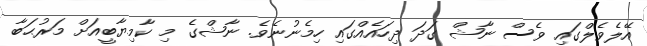
އޭލެވެލްގައި ވެސް ނާޝް ގަދަ ދިހައެއްގައި ހިމެނުނެވެ. ނާޝްގެ މި ކާމިޔާބީއަށް މަރުޙަބާ